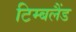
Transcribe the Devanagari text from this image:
टिम्बलैंड